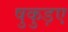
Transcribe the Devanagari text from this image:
षुकुड़ए